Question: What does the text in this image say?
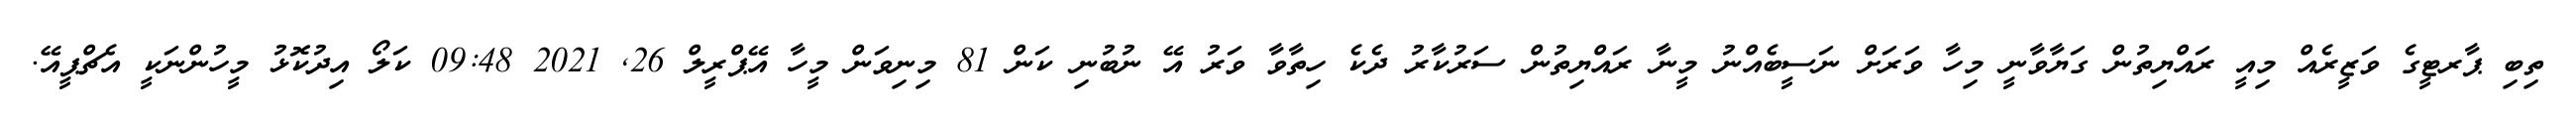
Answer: ތިބި ޕާރޓީގެ ވަޒީރެއް މިއީ ރައްޔިތުން ގަޔާވާނީ މިހާ ވަރަށް ނަސީބެއްނު މީނާ ރައްޔިތުން ސަރުކާރު ދެކެ ހިތާވާ ވަރު އޭ ނުބުނި ކަން 81 މިނިވަން މީހާ އޭޕްރީލް 26, 2021 09:48 ކަލޯ އިދުކޮޅު މީހުންނަކީ އެޗްޕީއޭ.